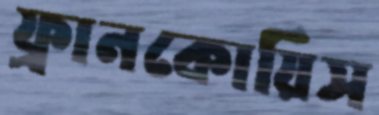
ফ্রানকোয়িস